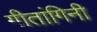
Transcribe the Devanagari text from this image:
गीतांगिनी